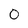
Character: O